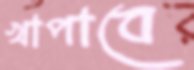
খাপাবে